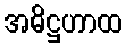
အဓိဋ္ဌဟာထ